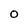
Character: O